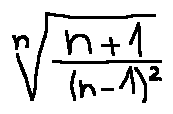
\sqrt [ n ] { \frac { n + 1 } { ( n - 1 ) ^ { 2 } } }